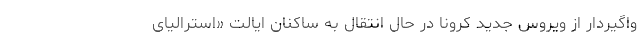
واگیردار از ویروس جدید کرونا در حال انتقال به ساکنان ایالت «استرالیای